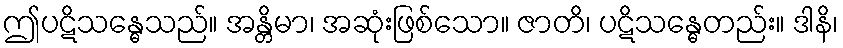
ဤပဋိသန္ဓေသည်။ အန္တိမာ၊ အဆုံးဖြစ်သော။ ဇာတိ၊ ပဋိသန္ဓေတည်း။ ဒါနိ၊